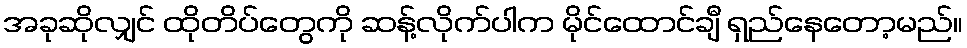
အခုဆိုလျှင် ထိုတိပ်တွေကို ဆန့်လိုက်ပါက မိုင်ထောင်ချီ ရှည်နေတော့မည်။